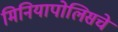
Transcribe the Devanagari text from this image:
मिनियापोलिसचे